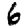
Digit: 6